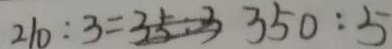
2 1 0 : 3 = 3 5 0 : 5